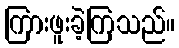
ကြားဖူးခဲ့ကြသည်။